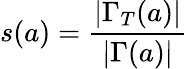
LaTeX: s(a)=\frac{|\Gamma_{T}(a)|}{|\Gamma(a)|}